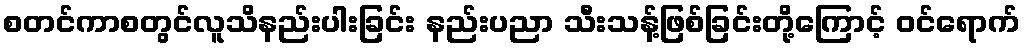
စတင်ကာစတွင်လူသိနည်းပါးခြင်း နည်းပညာ သီးသန့်ဖြစ်ခြင်းတို့ကြောင့် ဝင်ရောက်